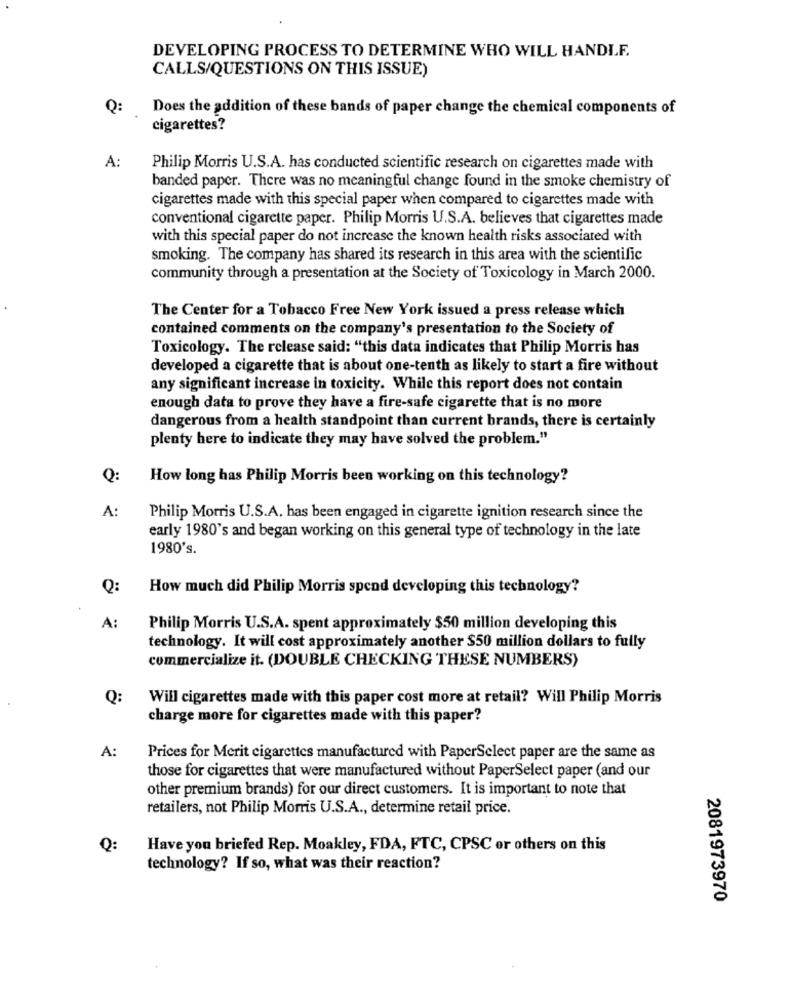
DEVELOPING PROCESS TO DETERMINE WHO WILL HANDLE.
CALLS/QUESTIONS ON THIS ISSUE)
Q:
Does the addition of these bands of paper change the chemical components of
cigarettes?
A:
Philip Morris U.S.A. has conducted scientific research on cigarettes made with
banded paper. There was no meaningful change found in the smoke chemistry of
cigarettes made with this special paper when compared to cigarettes made with
conventional cigarette paper. Philip Morris U.S.A. believes that cigarettes made
with this special paper do not increase the known health risks associated with
smoking. The company has shared its research in this area with the scientific
community through a presentation at the Society of Toxicology in March 2000.
The Center for a Tobacco Free New York issued a press release which
contained comments on the company's presentation to the Society of
Toxicology. The release said: "this data indicates that Philip Morris has
developed a cigarette that is about one-tenth as likely to start a fire without
any significant increase in toxicity. While this report does not contain
enough data to prove they have a fire-safe cigarette that is no more
dangerous from a health standpoint than current brands, there is certainly
plenty here to indicate they may have solved the problem."
Q:
How long has Philip Morris been working on this technology?
A:
Philip Morris U.S.A. has been engaged in cigarette ignition research since the
early 1980's and began working on this general type of technology in the late
1980's.
Q:
How much did Philip Morris spend developing this technology?
A:
Philip Morris U.S.A. spent approximately $50 million developing this
technology. It will cost approximately another $50 million dollars to fully
commercialize it. (DOUBLE CHECKING THESE NUMBERS)
Q:
Will cigarettes made with this paper cost more at retail? Will Philip Morris
charge more for cigarettes made with this paper?
A:
Prices for Merit cigarettes manufactured with PaperSelect paper are the same as
those for cigarettes that were manufactured without PaperSelect paper (and our
other premium brands) for our direct customers. It is important to note that
retailers, not Philip Morris U.S.A ., determine retail price.
Q:
Have you briefed Rep. Moakley, FDA, FTC, CPSC or others on this
technology? If so, what was their reaction?
2081973970